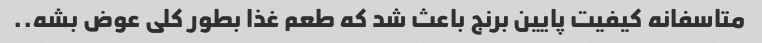
متاسفانه کیفیت پایین برنج باعث شد که طعم غذا بطور کلی عوض بشه..